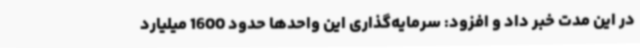
در این مدت خبر داد و افزود: سرمایه‌گذاری این واحدها حدود 1600 میلیارد